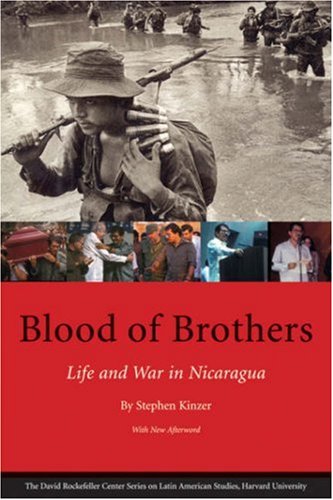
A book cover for Blood of Brothers: Life and War in Nicaragua, With New Afterword (Series on Latin American Studies); Stephen Kinzer; Biographies & Memoirs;